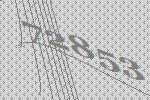
72853